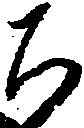
ち